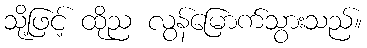
သို့ဖြင့် ထိုည လွန်မြောက်သွားသည်။